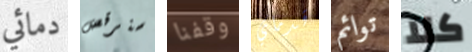
دمائي سنرقص وقفنا قدماي توائم كلا